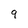
Character: 9